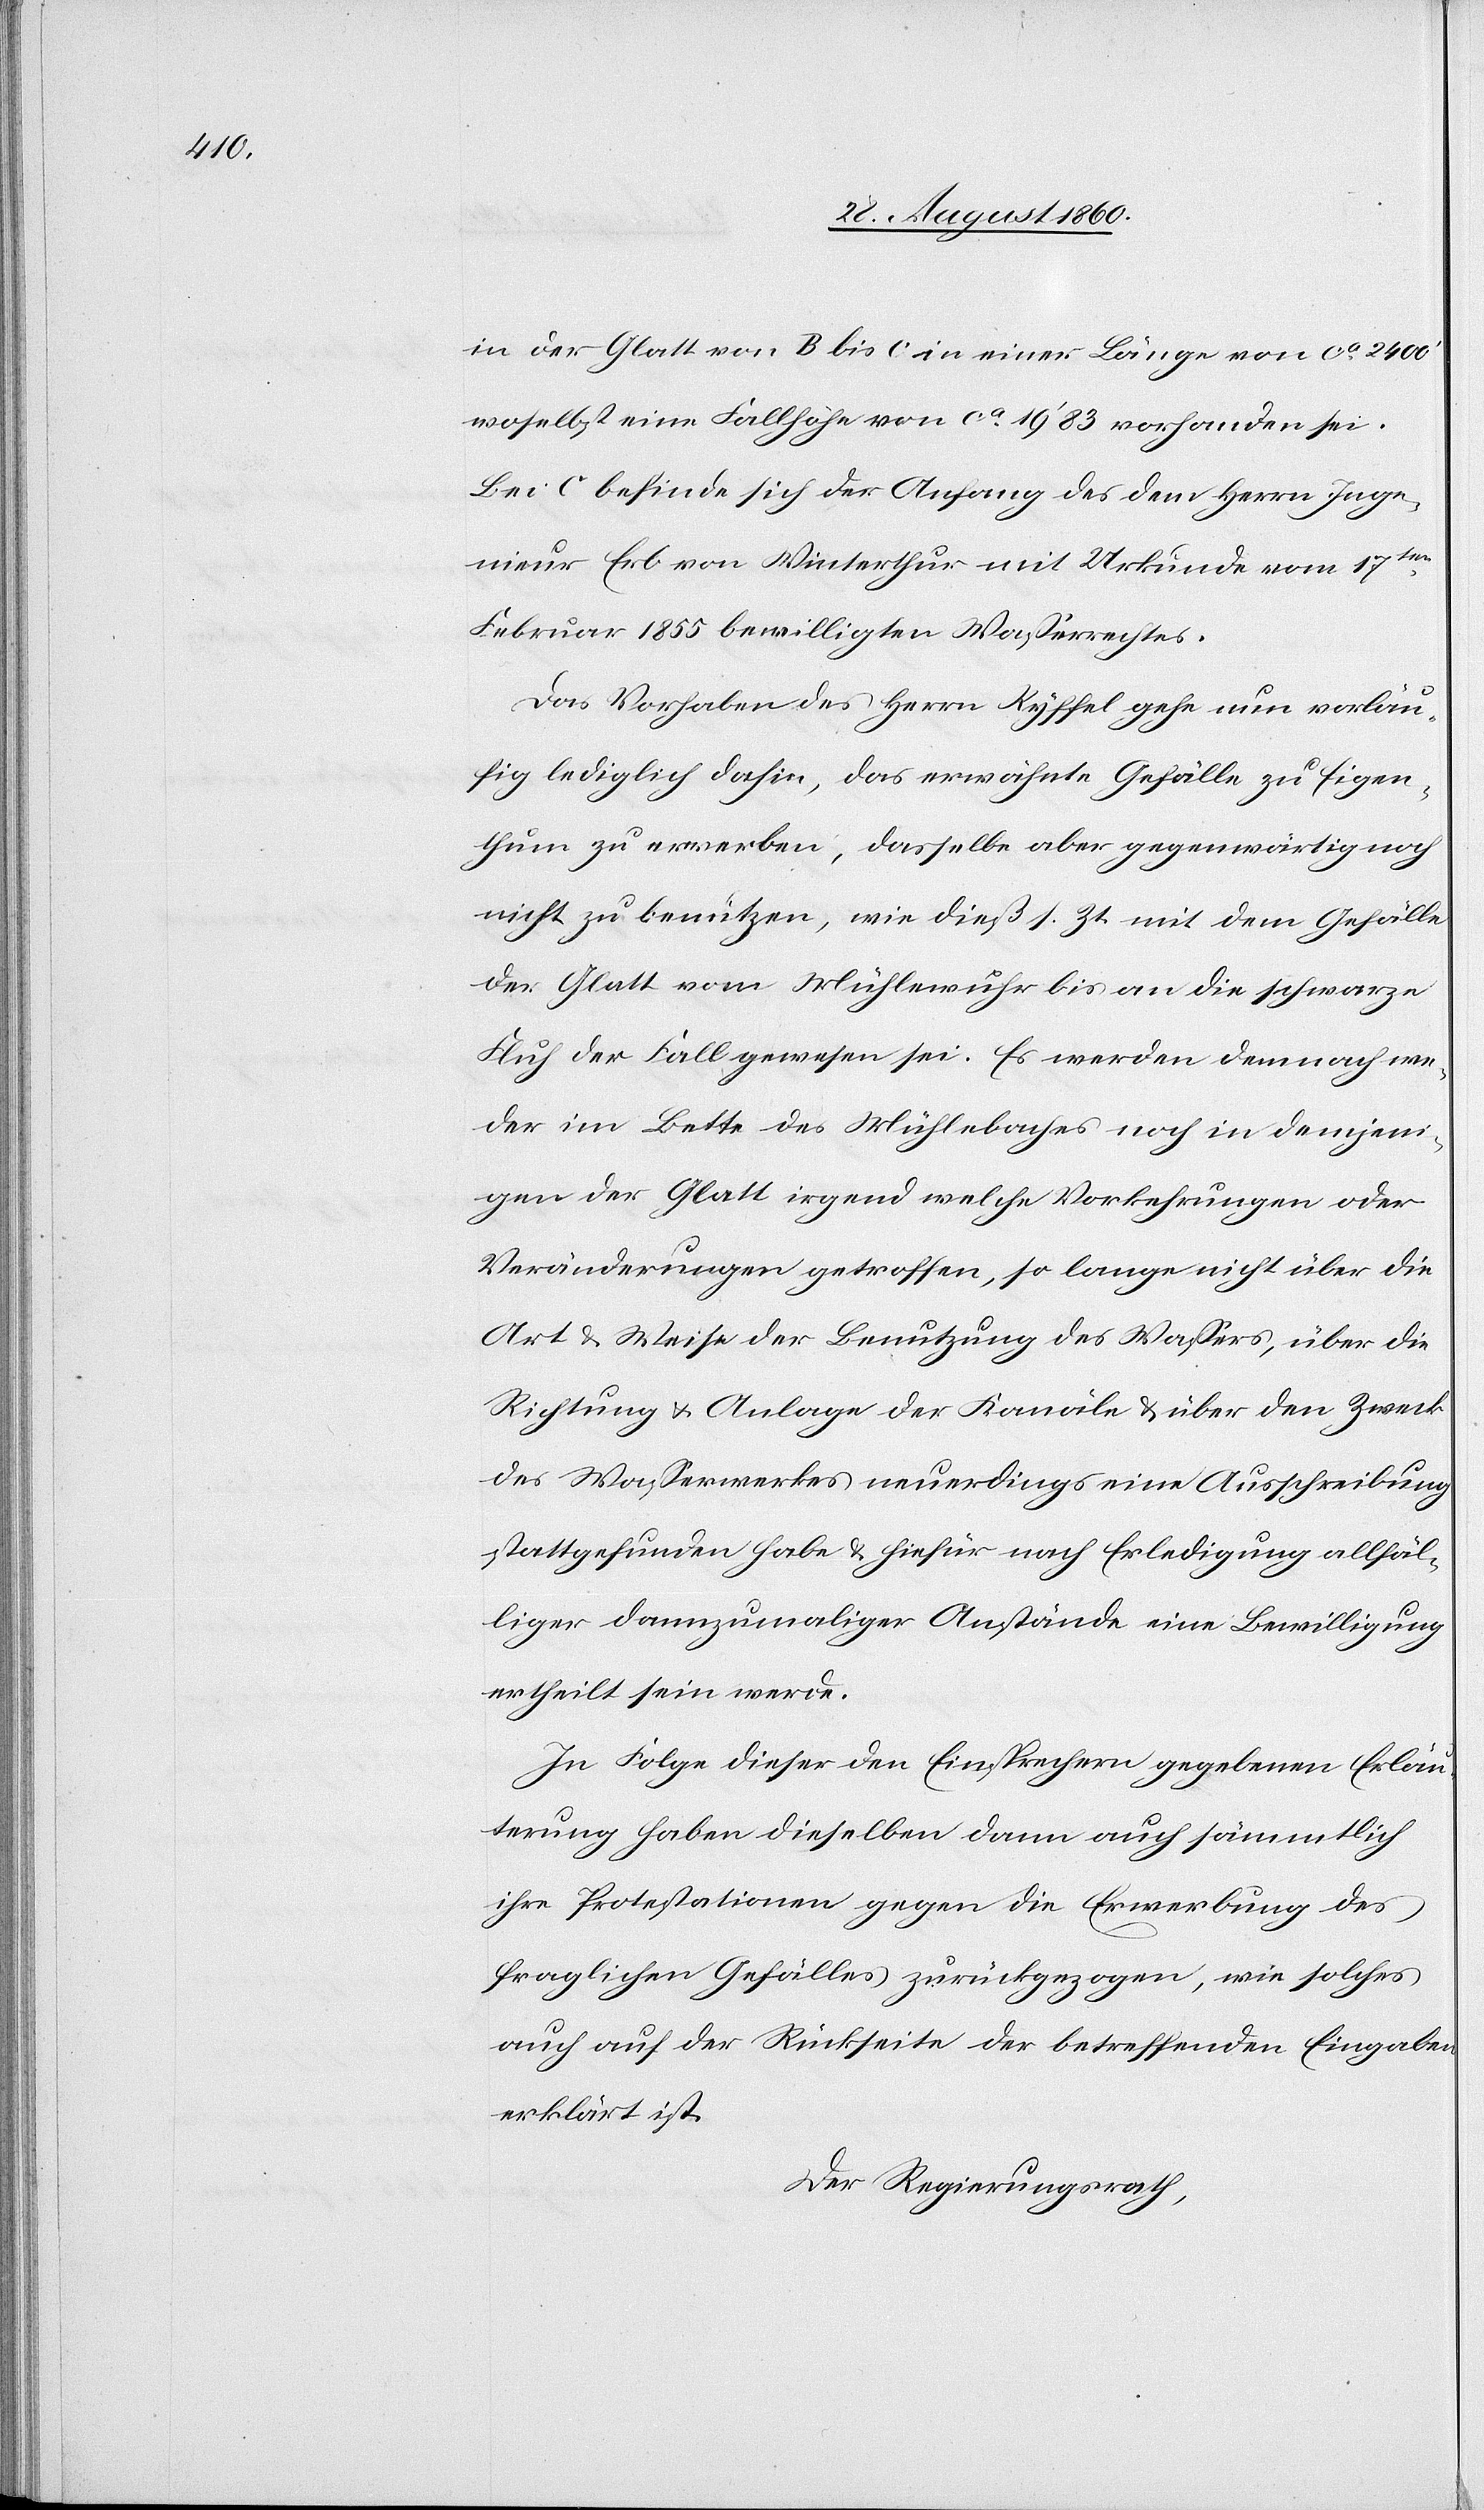
in der Glatt von B bis C, in einer Länge von ca 2400’,
wo selbst eine Fallhöhe von ca 19’ 83 vorhanden sei.
Bei C befinde sich der Anfang des dem Hrn. Inge¬
nieur Erb von Winterthur mit Urkunde vom 17.
Hornung 1855 bewilligten Wasserrechtes.
Das Vorhaben des Herrn Ryffel gehe nun vorläu¬
fig lediglich dahin, das erwähnte Gefälle zu Eigen¬
thum zu erwerben, dasselbe aber gegenwärtig noch
nicht zu benutzen wie diess sr. Zt. mit dem Gefälle
der Glatt vom Mühlewuhr bis an die schwarze
Fluh der Fall gewesen sei. Es werden demnach we¬
der im Bette des Mühlebaches noch in demjeni¬
gen der Glatt irgendwelche Vorkehrungen oder
Veränderungen getroffen, so lange nicht über die
Art u. Weise der Benutzung des Wassers, über die
Richtung und Anlage der Kanäle u. über den Zweck
des Wasserwerks neuerdings eine Ausschreibung
stattgefunden habe u. hiefür, nach Erledigung allfäl¬
liger dannzumaliger Anstände, eine Bewilligung
ertheilt sein werde.
In Folge dieser den Einsprechern gegebenen Erläu¬
terung, haben dieselben dann auch sämmtlich
ihre Protestationen gegen die Erwerbung des
fraglichen Gefälles zurückgezogen, wie solches
auch auf der Rückseite der betreffenden Eingaben
erklärt ist.
Der Regierungsrath,–